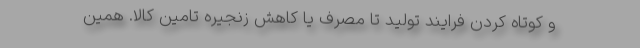
و کوتاه کردن فرایند تولید تا مصرف یا کاهش زنجیره تامین کالا. همین